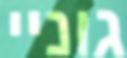
גוניי